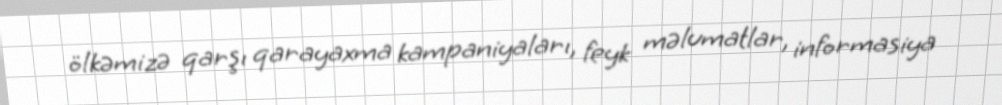
ölkəmizə qarşı qarayaxma kampaniyaları, feyk məlumatlar, informasiya